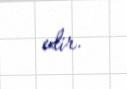
edir.